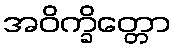
အဝိက္ခိတ္တော